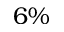
6 \%